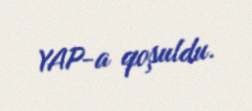
YAP-a qoşuldu.